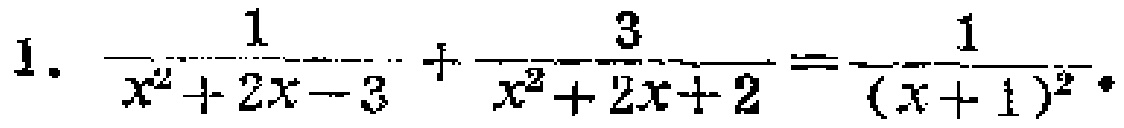
1. $\frac{1}{x^{2}+2x - 3}+\frac{3}{x^{2}+2x + 2}=\frac{1}{(x + 1)^{2}}$